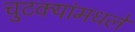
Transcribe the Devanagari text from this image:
चुटक्यांमधले